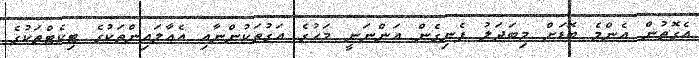
އެގޮތުން އެންމެ ބޮޑަށް މިބަދަލު ފެނިގެން އަންނަނީ މަހުގެ އަގުތަކުންނާއި އެއާލައިންތަކުގެ ޓިކެޓްތަކުގެ